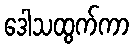
ဒေါသထွက်ကာ